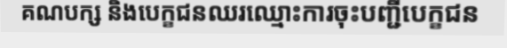
គណបក្ស និងបេក្ខជនឈរឈ្មោះការចុះបញ្ជីបេក្ខជន